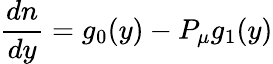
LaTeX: \frac{dn}{dy}=g_{0}(y)-P_{\mu}g_{1}(y)